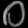
Digit: ၀